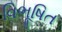
વિભૂષિત